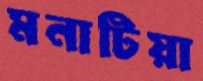
মনাটিয়া